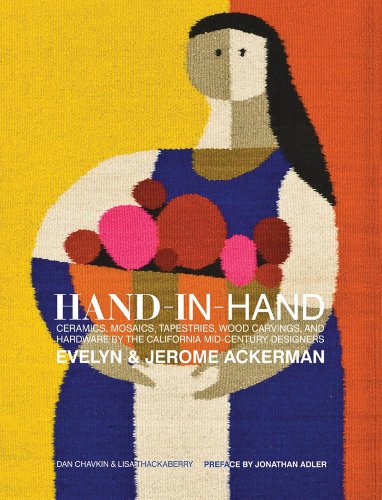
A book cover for Hand-in-Hand: Ceramics, Mosaics, Tapestries, and Wood Carvings by the California Mid-Century Designers Evelyn and Jerome Ackerman; Dan Chavkin; Crafts, Hobbies & Home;